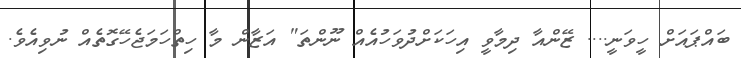
ބައްޕައަށް ހީވަނީ.... ޒޭންއާ ދިމާވީ އިހަކަށްދުވަހުއެއް ނޫންތަ" އަޒާން މާ ހިތްހަމަޖެހޭގޮތެއް ނުވިއެވެ.